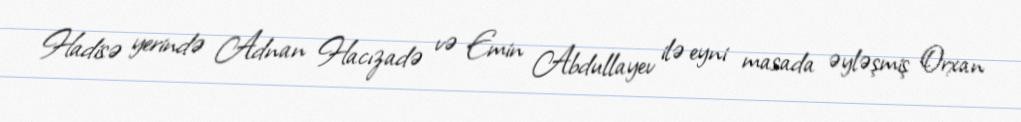
Hadisə yerində Adnan Hacızadə və Emin Abdullayev ilə eyni masada əyləşmiş Orxan